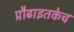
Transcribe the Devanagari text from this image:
प्रौढाइतकेच